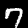
Label: 7